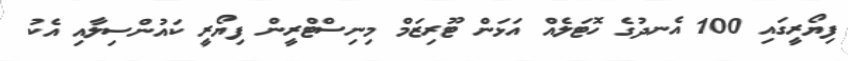
ފިޔޯރީގައި 100 އެނދުގެ ހޮޓަލެއް އަޅަން ޓޫރިޒަމް މިނިސްޓްރީން ފިޔޯރީ ކައުންސިލާއި އެކު